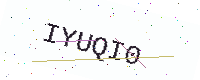
Text: IYUQI0